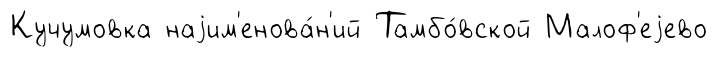
Кучумовка наjим'енова́н'ий Тамбо́вской Малоф'еjево